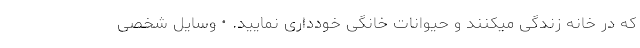
که در خانه زندگی میکنند و حیوانات خانگی خودداری نمایید. • وسایل شخصی